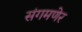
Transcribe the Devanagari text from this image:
संगमणेर